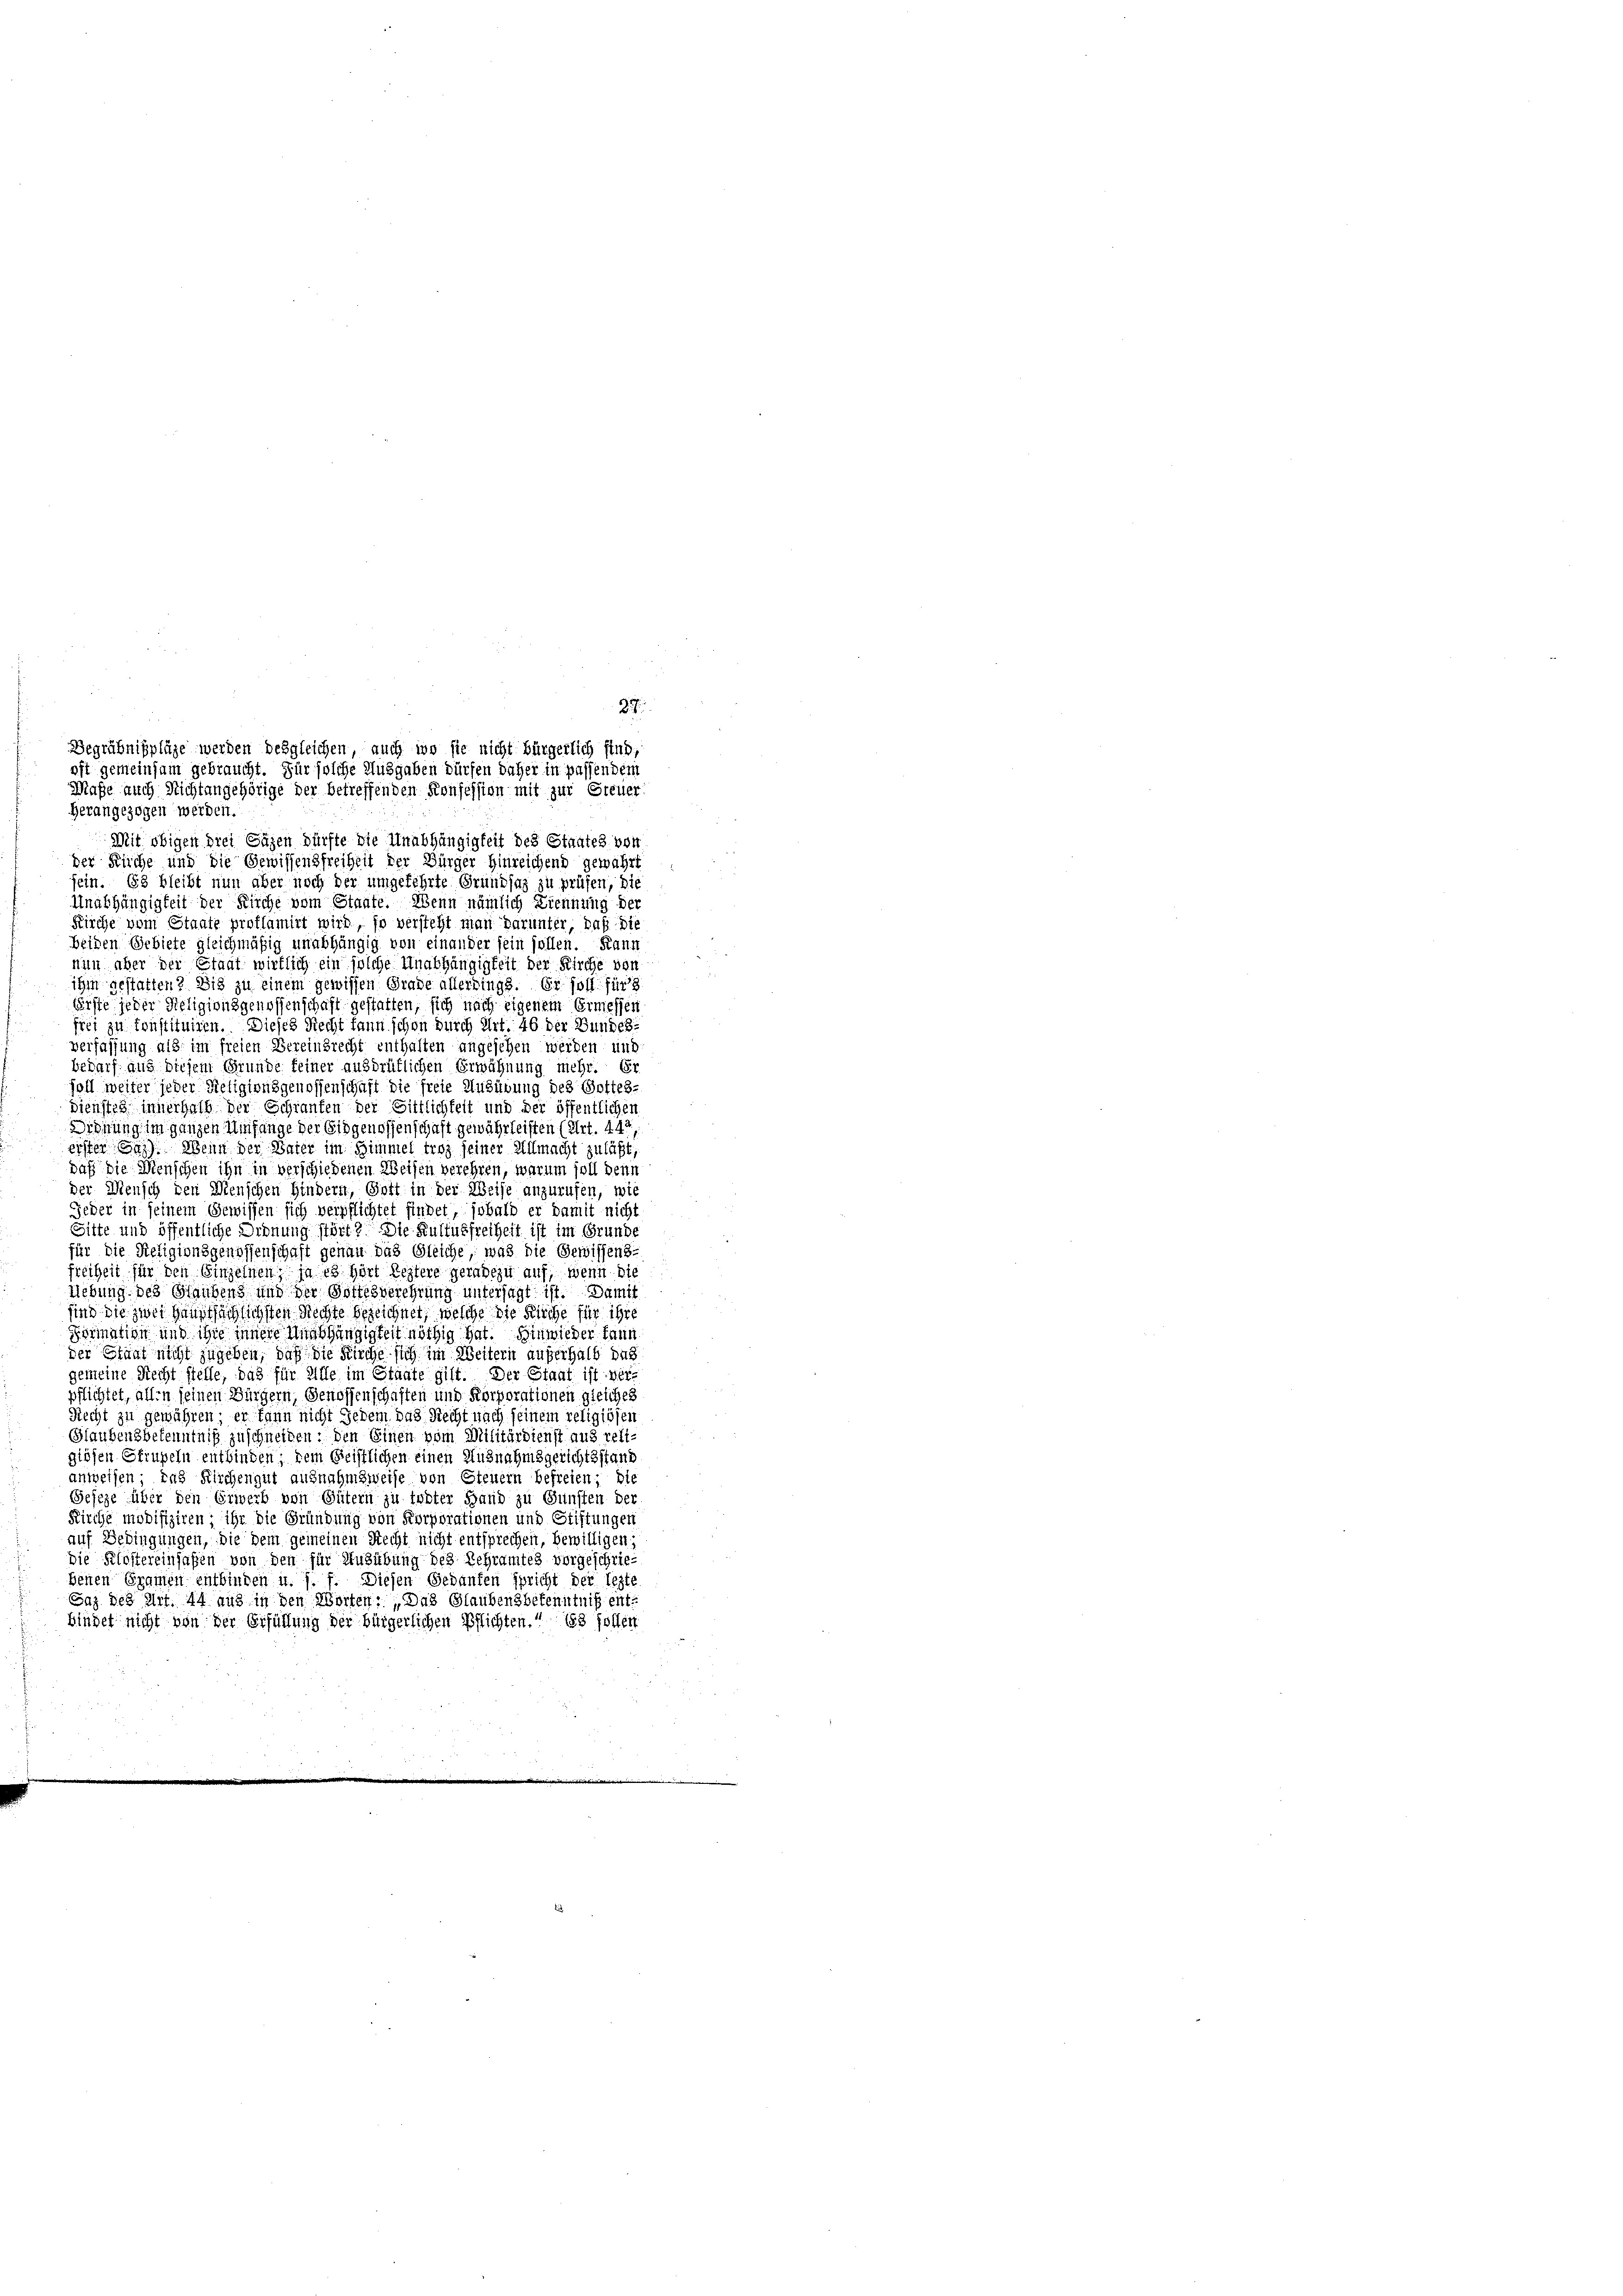
Herangezogen werden.

27.
Begräbnißpläge werden desgleichen, auch wo sie nicht bürgerlich sind,
oft gemeinsam gebraucht. Für solche Ausgaben dürfen daher in passendem
Maße auch Nichtangehörige der betreffenden Konsession mit zur Steuer

Mit obigen drei Gäzen dürfte die Unabhängigkeit des Staates von
der Küche und die Gewissensfreiheit der Bürger hinreichend gewährt
sein. Es bleibt nun aber noch der umgekehrte Grundsaz zu prüfen, die
Unabhängigkeit der Kirche vom Staate. Wenn nämlich Trennung der
Kirche vom Staate proflamirt wird, so versteht man darunter, daß die
beiden Gebiete gleichmäßig unabhängig von einander sein sollen. Kann
nun aber der Staat wirklich ein solche Unabhängigkeit der Kirche von
ihm gestatten? Wie zu einem gewissen Grade allerdings. Er soll für
terste jeder Religionsgenossenschaft gestatten, sich nach eigenem Ermessen
frei zu Instituiren. Dieses Recht kann schon durch Art. 46 der Bundes-
verfassung als im freien Vereinbrecht enthalten angesehen werden und
bedarf aus diesem Grunde feiner ausdrüklichen Erwähnung mehr. Er
soll weiter jeder Religionsgenossenschaft die freie Ausübung des Gottes-
Dienstes innerhalb der Schranken der Sittlichkeit und der öffentlichen
Ordnung im ganzen Umfange der Eidgenossenschaft gewährleisten (Art. 442
erster Ges. Wenn der Vater im Himmel troy seiner Allmacht zuläßt,
daß die Menschen ihn in verschiedenen Weisen verehren, warum soll denn
der Mensch den Menschen Hindern, Gott in der Weise anzurufen, wie
Jeder in seinem Gewissen sich verpflichtet findet, sobald er damit nicht
Sitte und öffentliche Ordnung stört? Die Kultus freiheit ist im Grunde
für die Religionsgenossenschaft genau das Gleiche, was die Gewissens-
freiheit für den Einzelnen, ja es hört leztere geradezu auf, wenn die
Liebung des Baubens und der Dorfes verehrung untersagt ist. Damit
sind die zwei Hauptsächlichsten Rechte bezeichnet, welche die Kirche für ihre
Formation und ihre innere Unabhängigkeit nöthig hat. Hinwieder kann
der Staat nicht zugeben, daß die Kirche sich im Weitern außerhalb das
gemeine Recht stelle, das für Wille im Staate gilt. Der Staat ist ver-
pflichtet, allen seinen Bürgern, Genossenschaften und Korporationen gleiches
Recht zu gewähren; er kann nicht Jedem das Recht nach seinem religiösen
Glaubensbekenntniß zu schneiden: den Einen vom Militärdienst aus reli-
giösen Strupeln entbinden; dem Geistlichen einen Ausnahmsgerichtsstand
anweisen, das Kirchengut ausnahmsweise von Steuern befreien; die
Geseze über den Erwerb von Gütern zu tobter Hand zu Gunsten der
Kirche modifiziren; ihr die Gründung von Korporationen und Stiftungen
auf Bedingungen, die dem gemeinen Recht nicht entsprechen, bewilligen;
die Klostereinsaßen von den für Ausübung des Rehramtes vorgeschrie-
benen Gramen entbinden u. s. f. Diesen Gedanken spricht der lezte
Saz. des Art. 44 aus in den Worten: „Das Glaubensbekenntniß entbindet nicht von der Erfüllung der bürgerlichen Pflichten.“ Es sollen